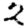
Digit: 2